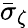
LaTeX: \bar{\sigma}_{\zeta}